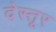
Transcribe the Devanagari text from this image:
देस्तूर